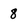
Character: 8